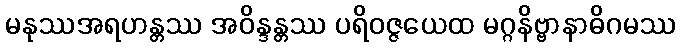
မနုဿအရဟန္တဿ အဝိန္ဒန္တဿ ပရိဝဇ္ဇယေထ မဂ္ဂနိဗ္ဗာနာဓိဂမဿ